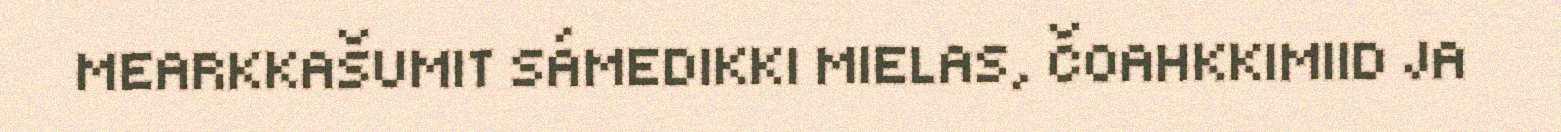
MEARKKAŠUMIT SÁMEDIKKI MIELAS, ČOAHKKIMIID JA